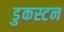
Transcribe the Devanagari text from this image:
डुकस्टन